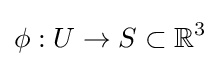
\phi :U\to S\subset \mathbb {R} ^{3}